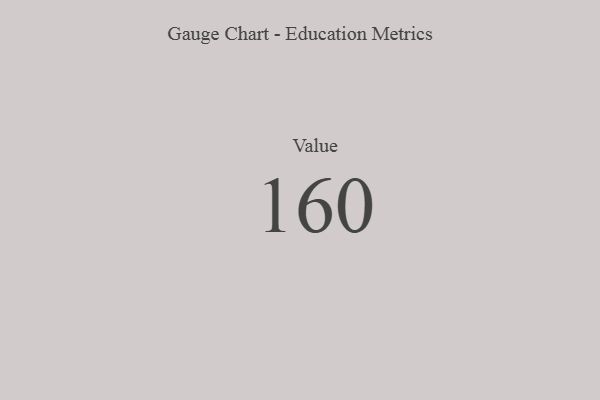
{"axis": {"x": "Metric", "y": "Value"}, "legend": [""], "data": [{"x": "Value", "y": 160, "type": ""}]}